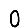
Digit: 0